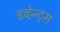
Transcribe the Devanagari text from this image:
इव्हेन्ट्‌स